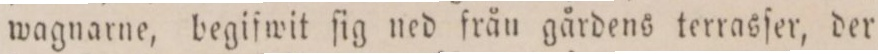
wagnarne, begifwit ſig ned frän gärdens terrasſer, der